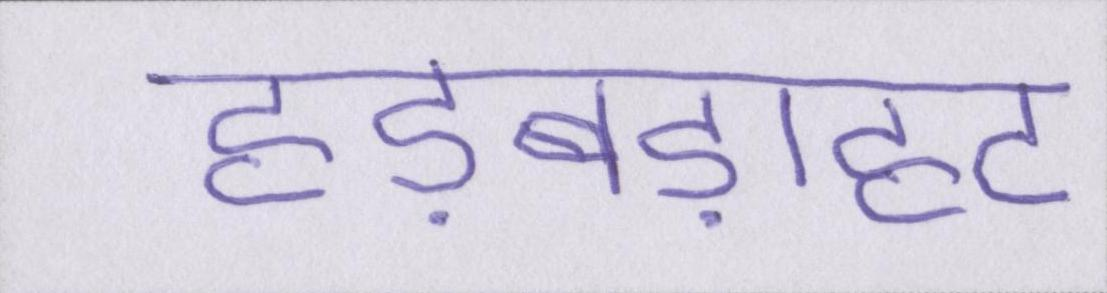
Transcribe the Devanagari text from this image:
हड़बड़ाहट